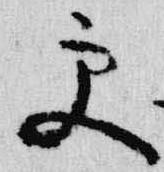
更